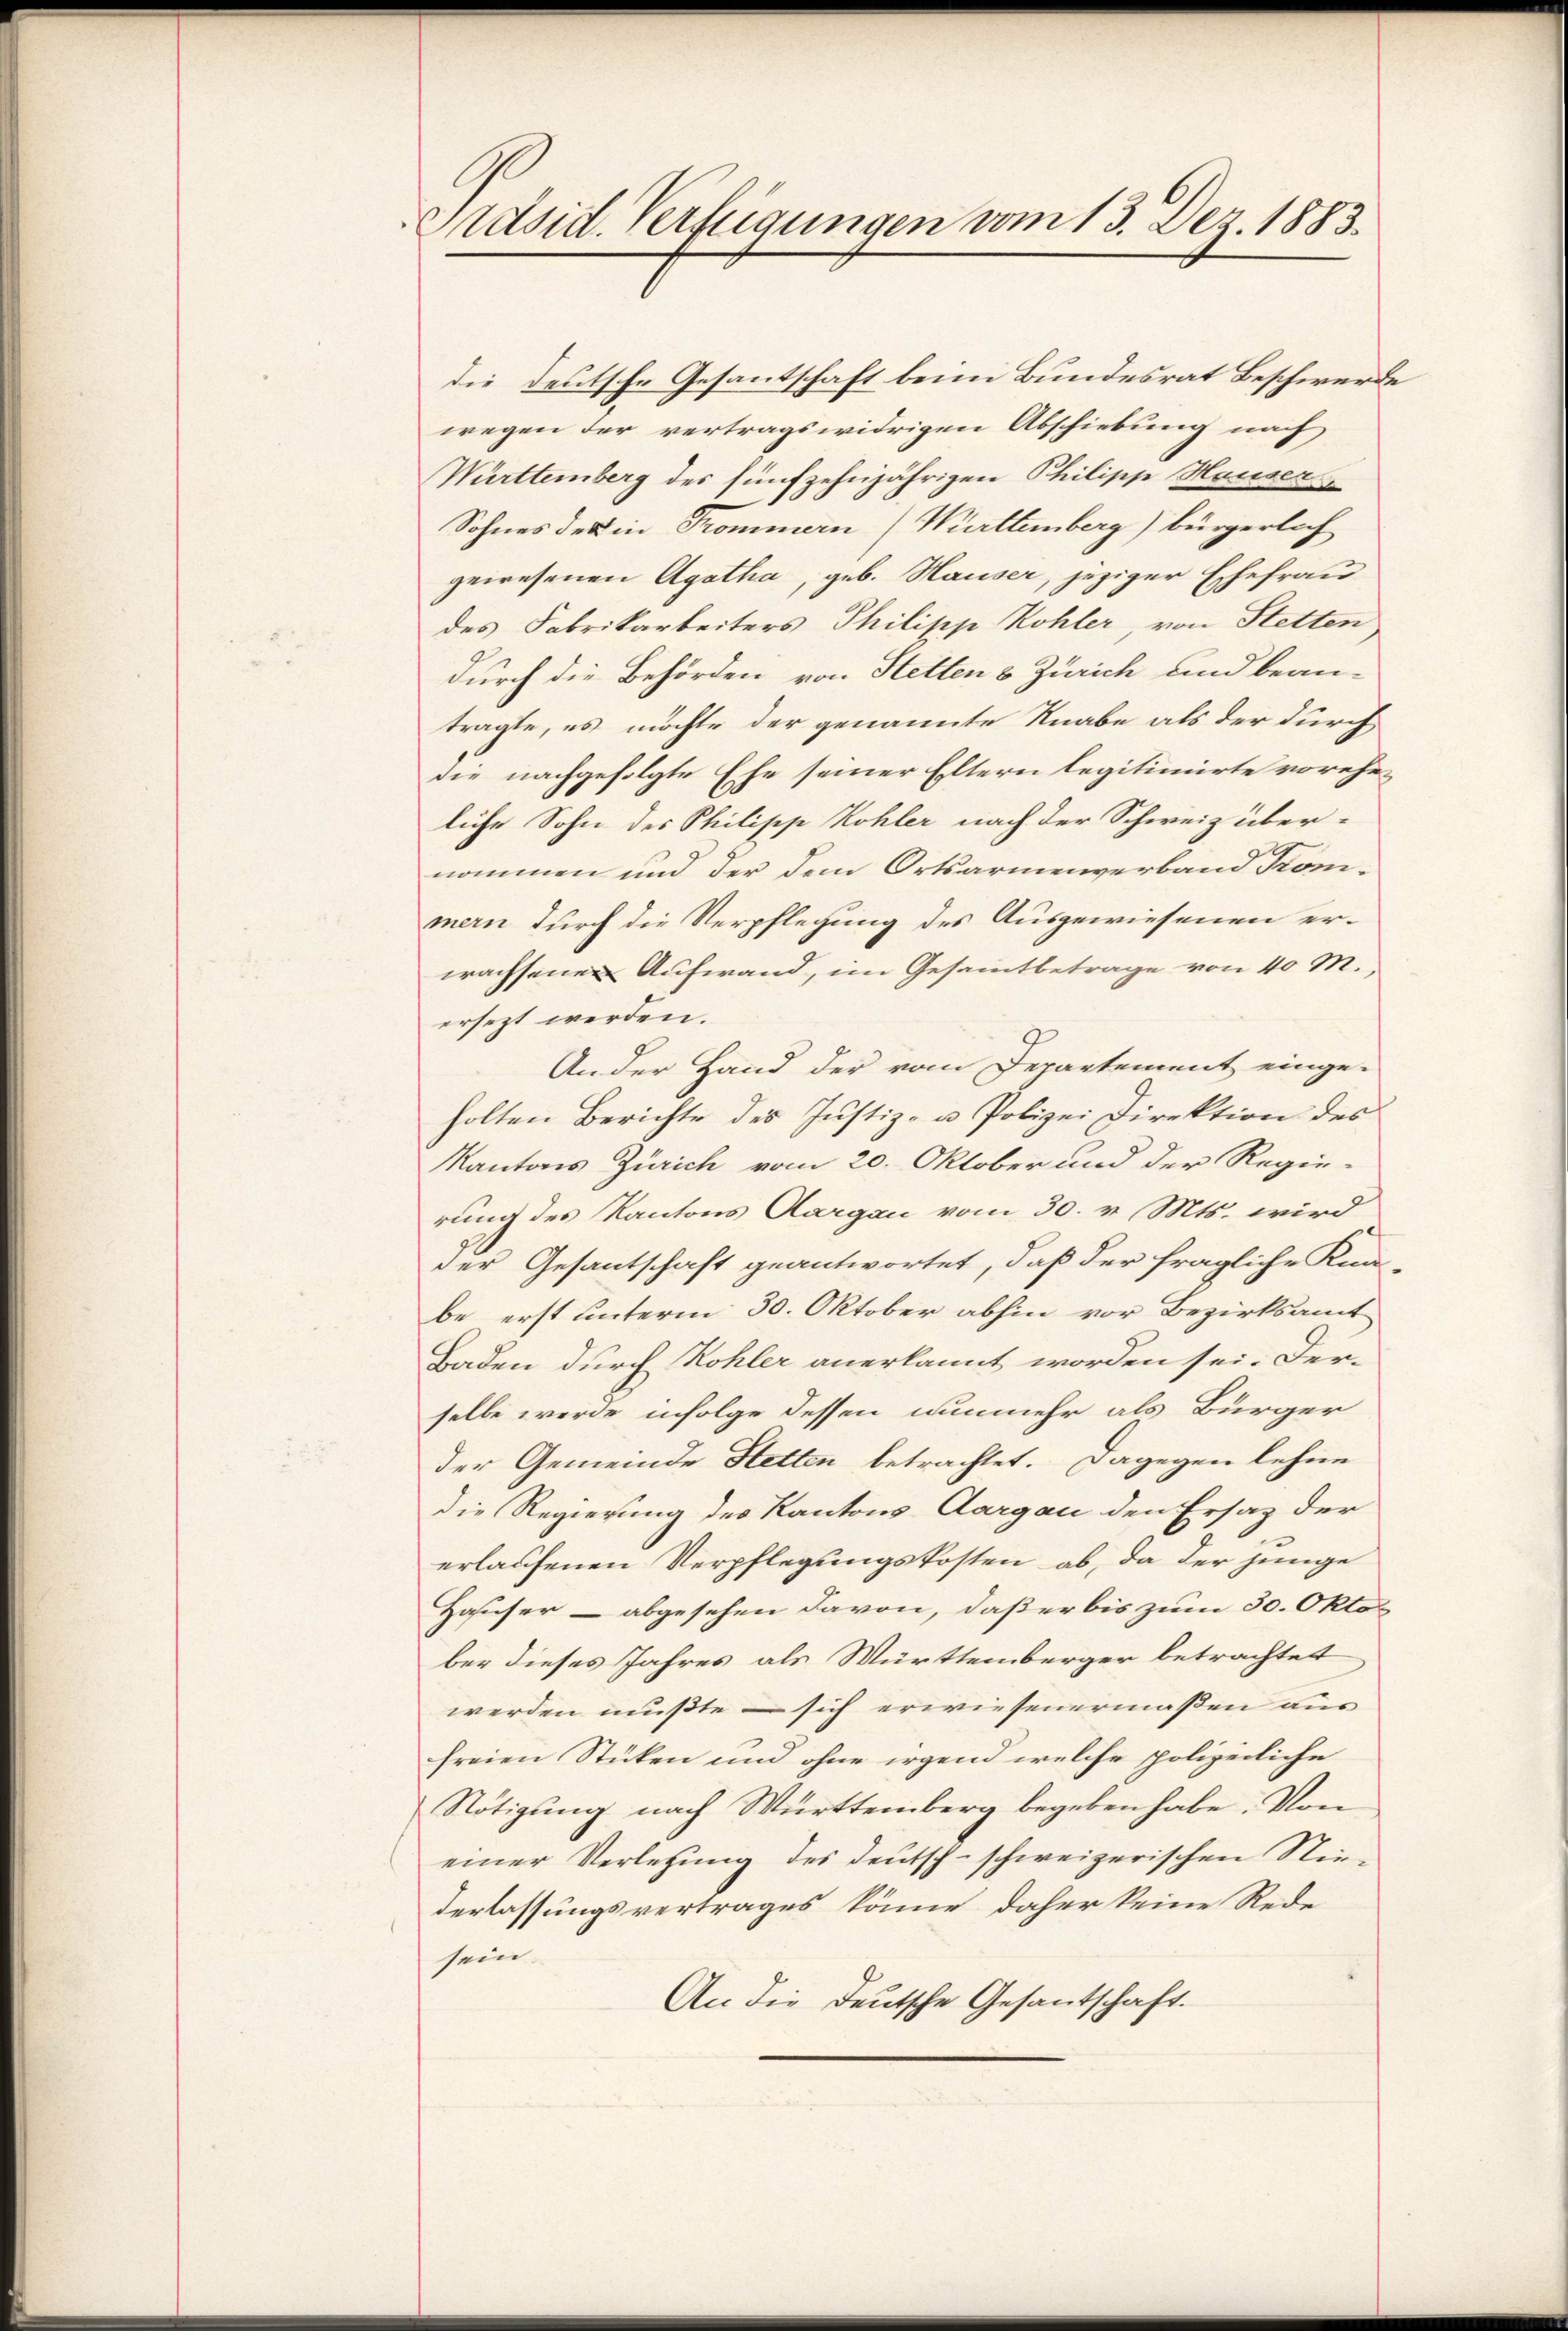
Präsid. Verfügungen vom 13. Dez. 1883.

die deutsche Gesantschaft beim Bundesrat Beschwerde
wegen der vertragswidrigen Abschiebung nach
Württemberg des fünfzehnjährigen Philipp Hausers
Sohnes des in Trommern (Marttemberg) bürgerlich
gewesenen Agatha, geb. Hauser, jeziger Ehefrau
des Fabrikarbeiters Philipp Kohler, von Stetten
durch die Behörden von Stetten s. Zürich und bean-
tragte, es möchte der genannte Knabe als der durch
die nachgefolgte Ehe seiner Eltern legitimierte vorehe
liche Sohn des Philipp Kohler nach der Schweiz über-
nommen und der dem Ortsarmenverband Kon-
mern durch die Verpflegung des Ausgewiesenen erwachsenen Aufwand, im Gesammtbetrage von 40 M.
ersezt werden.
An der Hand der vom Departement einge-
holten Berichte des Justiz- u. Polizei Direktion des
Kantons Zürich vom 20. Oktober und der Regie-
rung des Kantons Aargau vom 30. v. Mts. wird
der Gesantschaft geantwortet, daß der fragliche Kna
be erst unterm 30. Oktober abhin vor Bezirksamt
Baden durch Kohler anerkannt worden sei. Der-
selbe werde infolge dessen nunmehr als Bürger
der Gemeinde Stetten betrachtet. Dagegen lehne
die Regierung des Kantons Aargau den Ersatz der
erlaufenen Verpflegungskosten ab, da der junge
Hauser - abgesehen davon, daß er bis zum 30. Okto
ber dieses Jahres als Württemberger betrachtet
werden mußte – sich erwiesenermaßen aus
freien Stücken und ohne irgend welche polizeiliche
Nötigung nach Württemberg begeben habe. Von
einer Verletzung des Deutsch-schweizerischen Niederlassungsvertrages könne, daher keine Rede
sein.
An die deutsche Gesantschaft.